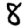
Digit: 8